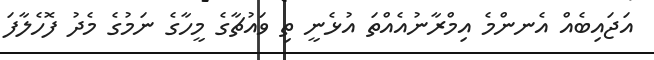
އަޖައިބެއް އެނންމެ އިމްރާނުއެއްތަ އުޅެނީ ތި ވައުޗާގެ މީހާގެ ނަމުގެ މެދު ފޮހެލާފަ